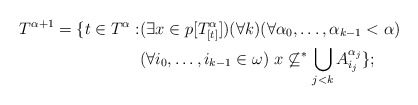
\begin{align*}T^{\alpha+1}=\{t\in T^{\alpha}:&(\exists x\in p[T^{\alpha}_{[t]}])(\forall k)(\forall \alpha_0,\ldots,\alpha_{k-1}<\alpha)\\&(\forall i_0,\ldots, i_{k-1}\in\omega)\ x\not\subseteq^*\bigcup_{j<k} A^{\alpha_j}_{i_j}\};\end{align*}